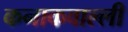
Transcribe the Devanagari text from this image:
कनाकवाल्ली